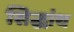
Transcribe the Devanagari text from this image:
सिद्धांथ